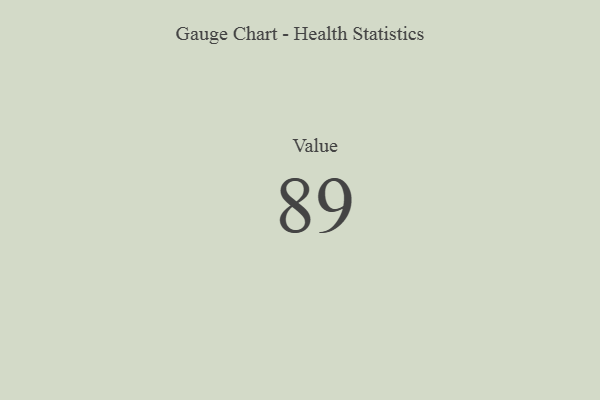
{"axis": {"x": "Metric", "y": "Value"}, "legend": [""], "data": [{"x": "Value", "y": 89, "type": ""}]}